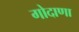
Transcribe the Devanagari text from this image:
गोदाणा